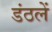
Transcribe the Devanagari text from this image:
डंठलें